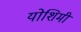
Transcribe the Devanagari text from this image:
योशिमी